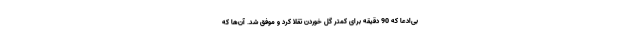
بی‌ادعا که 90 دقیقه برای کمتر گل خوردن تقلا کرد و موفق شد. آن‌ها که